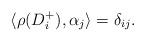
LaTeX: \begin{align*}\langle \rho(D^+_i),\alpha_j\rangle = \delta_{ij}.\end{align*}